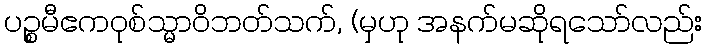
ပဉ္စမီဧကဝုစ်သ္မာဝိဘတ်သက်, (မှဟု အနက်မဆိုရသော်လည်း